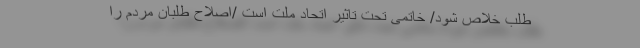
طلب خلاص شود/ خاتمی تحت تاثیر اتحاد ملت است /اصلاح طلبان مردم را